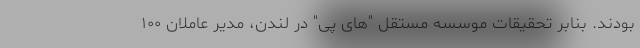
بودند. بنابر تحقیقات موسسه مستقل "های پی" در لندن، مدیر عاملان ۱۰۰